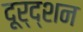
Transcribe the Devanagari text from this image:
दूर्द्शन